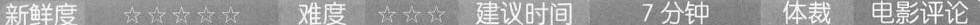
新鲜度 ☆☆☆☆☆ 难度 ☆☆☆ 建议时间 7分钟 体裁 电影评论